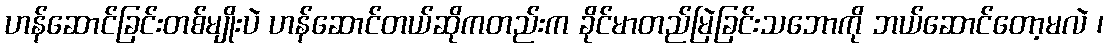
ဟန်ဆောင်ခြင်းတစ်မျိုးပဲ ဟန်ဆောင်တယ်ဆိုကတည်းက ခိုင်မာတည်မြဲခြင်းသဘောကို ဘယ်ဆောင်တော့မလဲ ၊